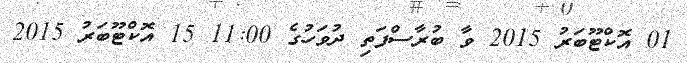
01 އޮކްޓޫބަރު 2015 ވާ ބުރާސްފަތި ދުވަހުގެ 11:00 15 އޮކްޓޫބަރު 2015